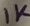
Text: 1K